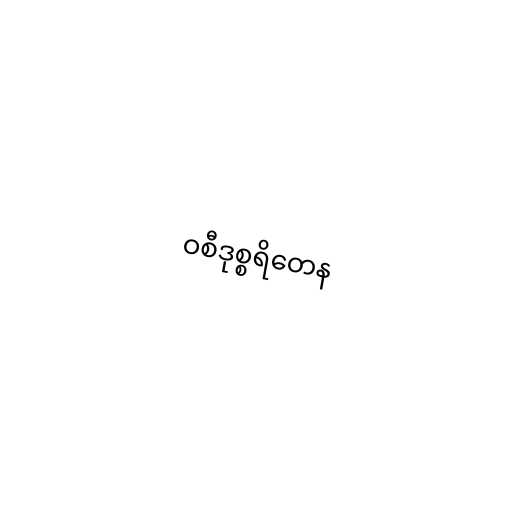
ဝစီဒုစ္စရိတေန